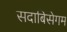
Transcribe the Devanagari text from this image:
सदाबिसेगम